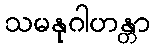
သမနုဂါဟန္တာ